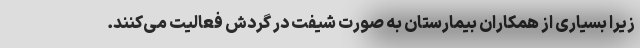
زیرا بسیاری از همکاران بیمارستان به صورت شیفت در گردش فعالیت می‌کنند.